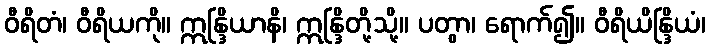
ဝီရိတံ၊ ဝီရိယကို။ ဣန္ဒြိယာနိ၊ ဣန္ဒြိတို့သို့။ ပတွာ၊ ရောက်၍။ ဝီရိယိန္ဒြိယံ၊